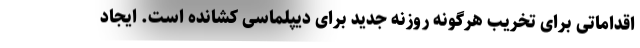
اقداماتی برای تخریب هرگونه روزنه جدید برای دیپلماسی کشانده است. ایجاد